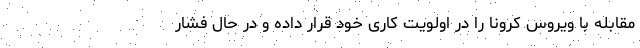
مقابله با ویروس کرونا را در اولویت کاری خود قرار داده و در حال فشار